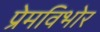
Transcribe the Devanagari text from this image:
प्रेमविभोर